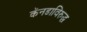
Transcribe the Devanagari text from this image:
कॅनडाविरुद्ध